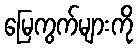
မြေကွက်များကို